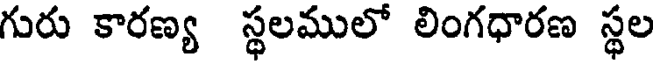
గురు కారణ్య స్థలములో లింగధారణ స్థల